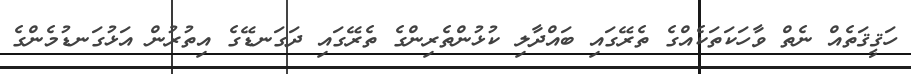
ހަޤީޤަތެއް ނެތް ވާހަކަތަކެއްގެ ތެރޭގައި ބައްދާލި ކުޅުންތެރިންގެ ތެރޭގައި ދަގަނޑޭގެ އިތުރުން އަޅުގަނޑުމެންގެ